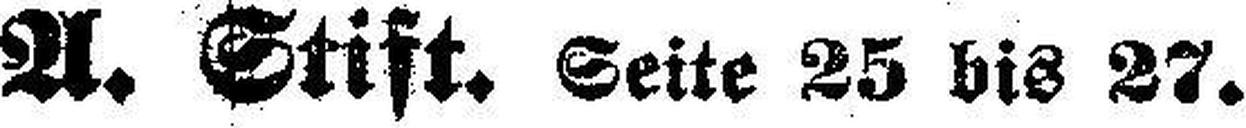
A. Stift. Seite 25 bis 27.